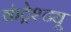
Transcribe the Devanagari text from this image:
कंट्रेश्ट्यू